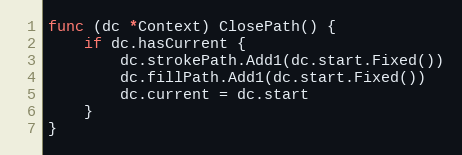
Language: Go
func (dc *Context) ClosePath() {
	if dc.hasCurrent {
		dc.strokePath.Add1(dc.start.Fixed())
		dc.fillPath.Add1(dc.start.Fixed())
		dc.current = dc.start
	}
}